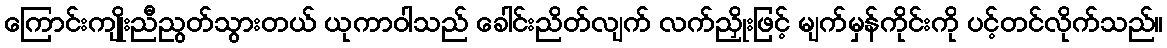
ကြောင်းကျိုးညီညွတ်သွားတယ် ယုကာဝါသည် ခေါင်းညိတ်လျက် လက်ညှိုးဖြင့် မျက်မှန်ကိုင်းကို ပင့်တင်လိုက်သည်။